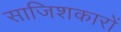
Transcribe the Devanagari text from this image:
साजिशकारों